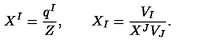
X ^ { I } = \frac { q ^ { I } } { Z } , \qquad X _ { I } = \frac { V _ { I } } { X ^ { J } V _ { J } } .